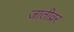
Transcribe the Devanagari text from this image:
जातीव्रर